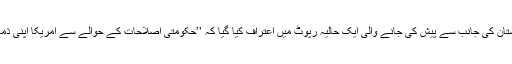
امریکی انسپکٹر جنرل برائے افغانستان کی جانب سے پیش کی جانے والی ایک حالیہ رپوٹ میں اعتراف کیا گیا کہ ’’حکومتی اصلاحات کے حوالے سے امریکا اپنی ذمے داریاں ادا کرنے میں ناکام رہا‘‘۔